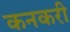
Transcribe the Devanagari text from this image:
कनकरी